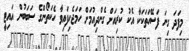
މިފަދަ ގިނަ ފަސޭހަތަކަކާ އެކު ކުރިއަށް ގެންދިއުމަށް ހަމަޖެހިފައިވާ ހެކަތޯންގެ ސަބަބުން އައިޓީ